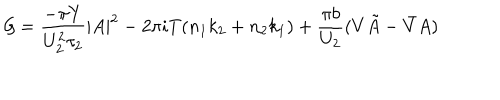
LaTeX: { \cal G } = \frac { - \pi Y } { U _ { 2 } ^ { 2 } \tau _ { 2 } } | A | ^ { 2 } - 2 \pi i T ( n _ { 1 } k _ { 2 } + n _ { 2 } k _ { 1 } ) + \frac { \pi b } { U _ { 2 } } ( V \tilde { A } - \bar { V } A )